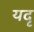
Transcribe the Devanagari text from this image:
यदृ